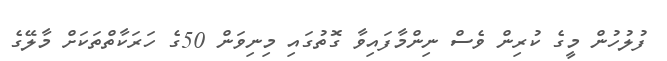
ފުލުހުން މީގެ ކުރިން ވެސް ނިންމާފައިވާ ގޮތުގައި މިނިވަން 50ގެ ހަރަކާތްތަކަށް މާލޭގެ